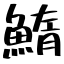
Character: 鰖